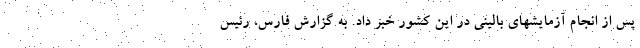
پس از انجام آزمایشهای بالینی در این کشور خبر داد. به گزارش فارس، رئیس